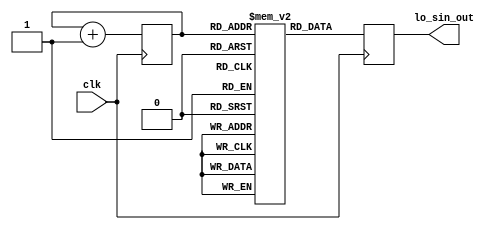
module lo_sin(clk, lo_sin_out);
  input clk;
  output reg signed [8:0] lo_sin_out;
  reg signed [8:0] sin [15:0];
  reg [3:0] counter;
  initial 
  begin
    sin[0] = 0;
    sin[1] = 38;
    sin[2] = 71;
    sin[3] = 92;
    sin[4] = 100;
    sin[5] = 92;
    sin[6] = 71;
    sin[7] = 38;
    sin[8] = 0;
    sin[9] = -38;
    sin[10] = -71;
    sin[11] = -92;
    sin[12] = -100;
    sin[13] = -92;
    sin[14] = -71;
    sin[15] = -38;
    counter = 0;
  end
  always @(posedge clk)
  begin
    lo_sin_out = sin[counter];
    counter = counter + 1;
  end
endmodule